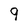
Character: 9